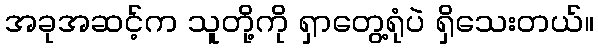
အခုအဆင့်က သူတို့ကို ရှာတွေ့ရုံပဲ ရှိသေးတယ်။